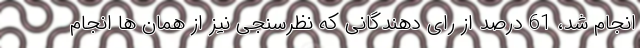
انجام شد، 61 درصد از رای دهندگانی که نظرسنجی نیز از همان ها انجام